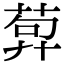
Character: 𦴳